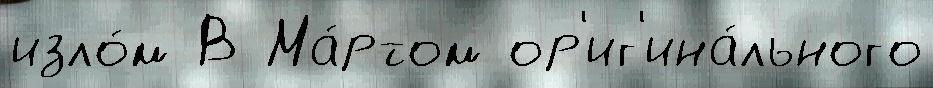
изло́м В Ма́ртом ор'иг'ина́льного